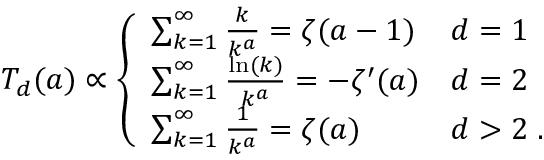
\begin{array} { r } { T _ { d } ( a ) \propto \left\{ \begin{array} { l l } { \sum _ { k = 1 } ^ { \infty } \frac { k } { k ^ { a } } = \zeta ( a - 1 ) } & { d = 1 } \\ { \sum _ { k = 1 } ^ { \infty } \frac { \ln ( k ) } { k ^ { a } } = - \zeta ^ { \prime } ( a ) } & { d = 2 } \\ { \sum _ { k = 1 } ^ { \infty } \frac { 1 } { k ^ { a } } = \zeta ( a ) } & { d > 2 \; . } \end{array} \right. } \end{array}